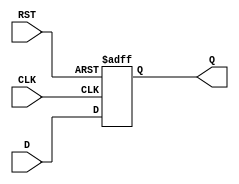
module synchronous_register (
    input wire D,        // Data input
    input wire CLK,      // Clock input
    input wire RST,      // Reset input
    output reg Q         // Data output
);

    // Asynchronous reset; active high
    always @(posedge CLK or posedge RST) begin
        if (RST) begin
            Q <= 1'b0;   // Reset Q to 0
        end else begin
            Q <= D;      // Update Q with D on the rising edge of CLK
        end
    end

endmodule